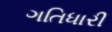
ગતિધારી